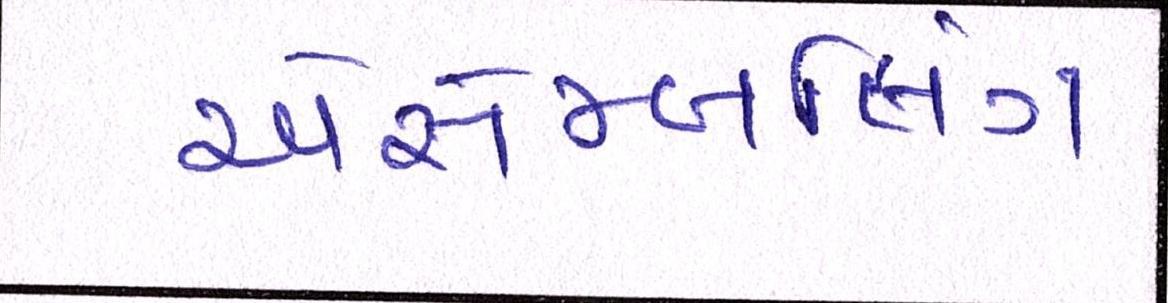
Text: એસેમ્બલિંગ